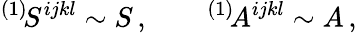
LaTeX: {}^{(1)}\! S^{ijkl}\sim S\, ,\qquad{}^{(1)}\! A^{ijkl}\sim A\, ,